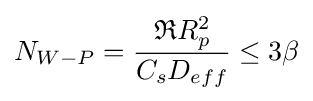
N_{W-P}={\dfrac {{\mathfrak {R}}R_{p}^{2}}{C_{s}D_{eff}}}\leq 3\beta